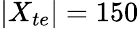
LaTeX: |X_{te}|=150